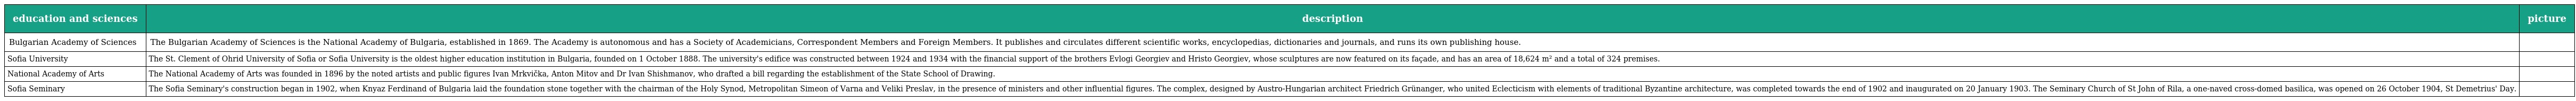
| education and sciences | description | picture |
 | --- | --- | --- |
 | Bulgarian Academy of Sciences | The Bulgarian Academy of Sciences is the National Academy of Bulgaria, established in 1869. The Academy is autonomous and has a Society of Academicians, Correspondent Members and Foreign Members. It publishes and circulates different scientific works, encyclopedias, dictionaries and journals, and runs its own publishing house. |  |
 | Sofia University | The St. Clement of Ohrid University of Sofia or Sofia University is the oldest higher education institution in Bulgaria, founded on 1 October 1888. The university's edifice was constructed between 1924 and 1934 with the financial support of the brothers Evlogi Georgiev and Hristo Georgiev, whose sculptures are now featured on its façade, and has an area of 18,624 m² and a total of 324 premises. |  |
 | National Academy of Arts | The National Academy of Arts was founded in 1896 by the noted artists and public figures Ivan Mrkvička, Anton Mitov and Dr Ivan Shishmanov, who drafted a bill regarding the establishment of the State School of Drawing. |  |
 | Sofia Seminary | The Sofia Seminary's construction began in 1902, when Knyaz Ferdinand of Bulgaria laid the foundation stone together with the chairman of the Holy Synod, Metropolitan Simeon of Varna and Veliki Preslav, in the presence of ministers and other influential figures. The complex, designed by Austro-Hungarian architect Friedrich Grünanger, who united Eclecticism with elements of traditional Byzantine architecture, was completed towards the end of 1902 and inaugurated on 20 January 1903. The Seminary Church of St John of Rila, a one-naved cross-domed basilica, was opened on 26 October 1904, St Demetrius' Day. |  |